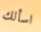
اسألك